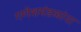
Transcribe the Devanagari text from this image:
गणेशमंडळांना